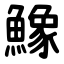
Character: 鱌